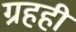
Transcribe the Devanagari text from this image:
ग्रहही